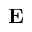
{ \bf E }